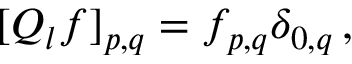
\begin{array} { r } { [ Q _ { l } f ] _ { p , q } = f _ { p , q } \delta _ { 0 , q } \, , } \end{array}